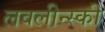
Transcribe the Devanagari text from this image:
लवलीन्स्की